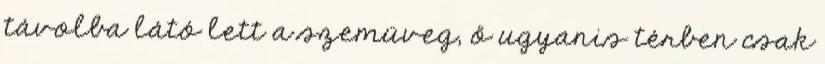
távolba látó lett a szemüveg, ő ugyanis térben csak